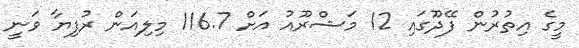
މީގެ އިތުރުން ފޭދޫގައި 12 މަޝްރޫއު އަށް 116.7 މިލިއަން ރުފިޔާ ވަނީ